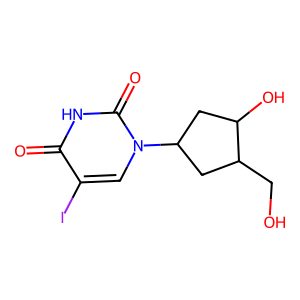
SMILES: O=c1[nH]c(=O)n(C2CC(O)C(CO)C2)cc1I
Inhibits HIV replication: No